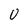
Character: U